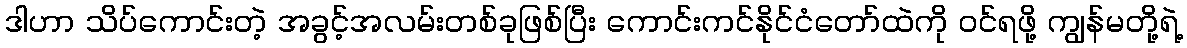
ဒါဟာ သိပ်ကောင်းတဲ့ အခွင့်အလမ်းတစ်ခုဖြစ်ပြီး ကောင်းကင်နိုင်ငံတော်ထဲကို ဝင်ရဖို့ ကျွန်မတို့ရဲ့